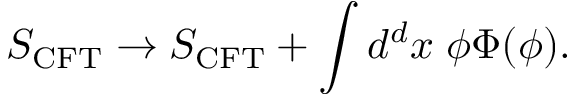
S _ { \mathrm { C F T } } \to S _ { \mathrm { C F T } } + \int d ^ { d } x \; \phi \Phi ( \phi ) .